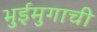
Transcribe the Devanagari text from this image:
भुईमुगाची